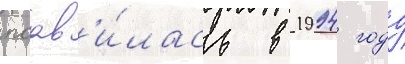
поав'и́лась в 1994 году